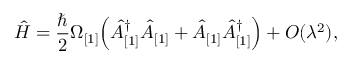
\hat { H } = \frac { \hbar } { 2 } \Omega _ { [ 1 ] } \Bigl ( \hat { A } _ { [ 1 ] } ^ { \dagger } \hat { A } _ { [ 1 ] } + \hat { A } _ { [ 1 ] } \hat { A } _ { [ 1 ] } ^ { \dagger } \Bigr ) + { \cal O } ( \lambda ^ { 2 } ) ,